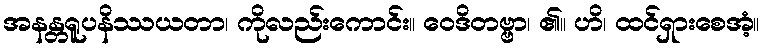
အနန္တရူပနိဿယတာ၊ ကိုလည်းကောင်း။ ဝေဒိတဗ္ဗာ၊ ၏။ ဟိ၊ ထင်ရှားစေအံ့။